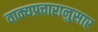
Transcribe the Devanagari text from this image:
वाक्यप्रचारानुसार